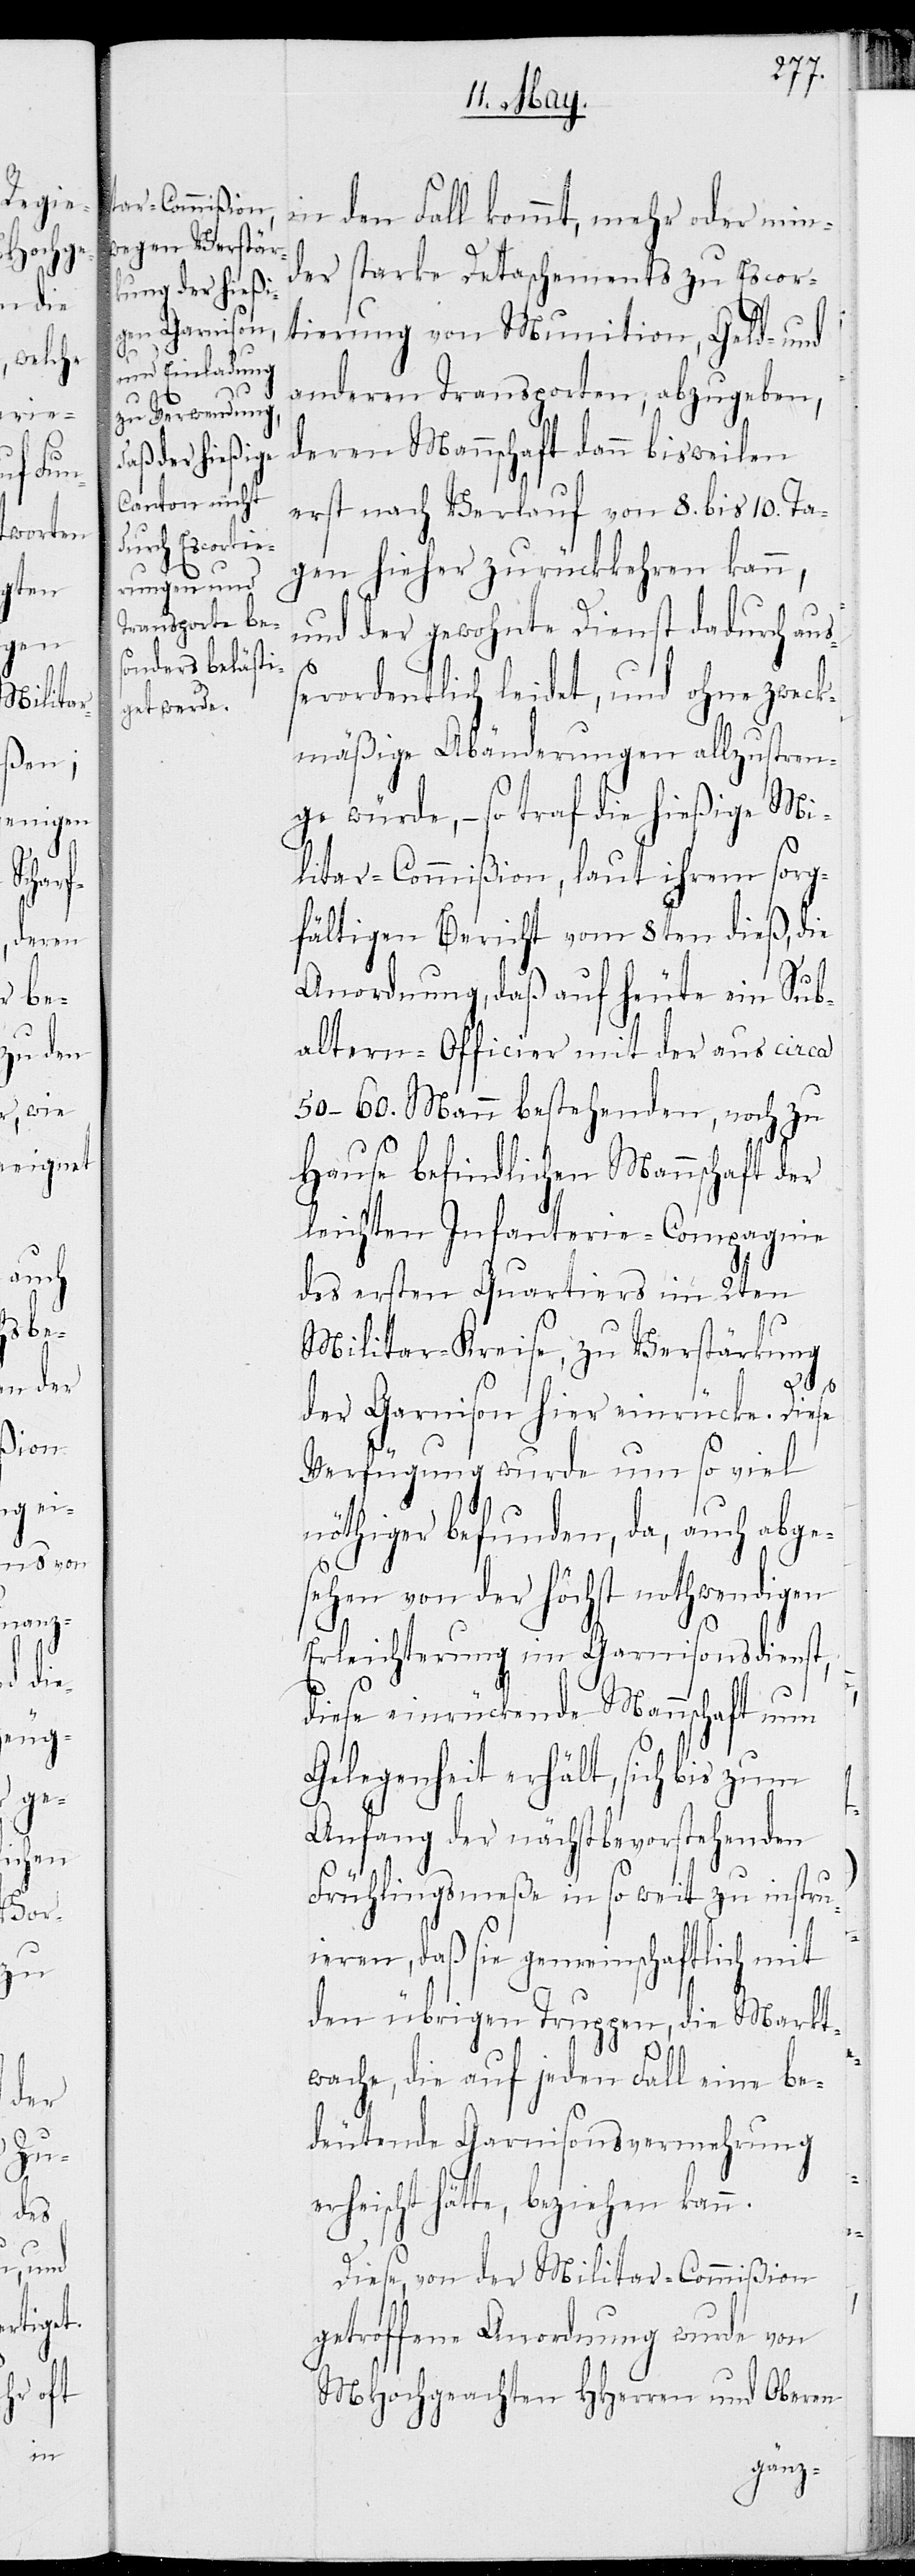
oder
min¬
den

der starke Detaschements zu Escor¬
tierung von Munition, Geld- und
anderen Transporten, abzugeben,
deren Mannschaft dann bisweilen
erst nach Verlauf von 8. bis 10. Ta¬
gen hierher zurückkehren kann,
und der gewohnte Dienst dadurch auß¬
erordentlich leidet, und ohne zweck¬
mäßige Abänderungen allzustren¬
ge würde, – so traf die hießige Mi¬
litar-Commißion, laut ihrem sorg¬
fältigen Bericht vom 8ten dieß, die
Anordnung, daß auf heute ein Sub¬
altern-Officier mit der aus circa
50–60. Mann bestehenden, noch zu
Hause befindlichen Mannschaft der
leichten Infanterie-Compagnie
des ersten Quartiers im 2ten
Militar-Kreise, zu Verstärkung
der Garnison hier einrücke. Diese
Verfügung wurde um so viel
nöthiger befunden, da, auch abge¬
sehen von der höchst nothwendigen
Erleichterung im Garnisonsdienst,
diese einrückende Mannschaft nun
Gelegenheit erhält, sich bis zum
Anfang der nächstbevorstehenden
Frühlingsmeße in so weit zu instru¬
ieren, daß sie gemeinschaftlich mit
den übrigen Truppen, die Markt¬
wache, die auf jeden Fall eine be¬
deutende Garnisonsvermehrung
erheischt hätte, beziehen kann.
Diese, von der Militar-Commißion
getroffene Anordnung wurde von
MHochgeachten HHerren und Oberen